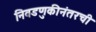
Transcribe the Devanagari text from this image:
निवडणुकीनंतरची